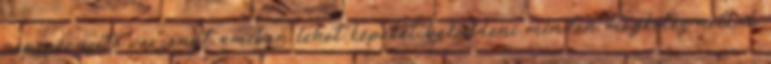
népszerüsítő versenyt amiben lehet képeket beküldeni minden megkötés nélkül.